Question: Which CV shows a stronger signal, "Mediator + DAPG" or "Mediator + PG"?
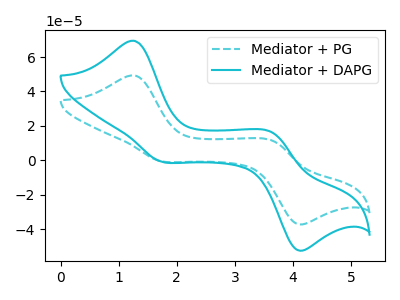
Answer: <think>The cyan dashed curve "Mediator + PG" has anodic peaks at (1.25V, 49.30uA) (3.65V, 11.40uA) and cathodic peaks at (1.70V, -0.40uA) (4.05V, -36.95uA). The cyan curve "Mediator + DAPG" has anodic peaks at (1.25V, 69.45uA) (3.65V, 16.05uA) and cathodic peaks at (1.70V, -0.55uA) (4.05V, -52.00uA).
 All the peaks in "Mediator + DAPG" have a peak in "Mediator + PG" at the same potential. Every peak in "Mediator + DAPG" is higher than every peak in "Mediator + PG".</think>
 <answer>"Mediator + DAPG" has more signal than "Mediator + PG".</answer>
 <eval>more_signal</eval>